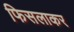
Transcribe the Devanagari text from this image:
फिसलाकर